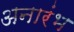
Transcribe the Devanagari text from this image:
अनारंभ